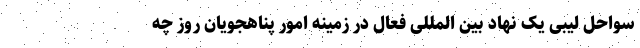
سواحل لیبی یک نهاد بین المللی فعال در زمینه امور پناهجویان روز چه